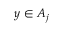
y \in A _ { j }